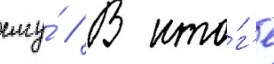
ему́ // В ито́г'е